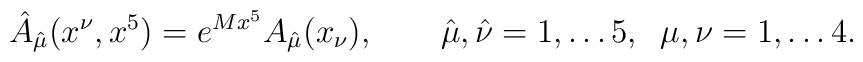
\hat A_{\hat \mu }(x^\nu,x^5)=e^{Mx^5}A_{\hat\mu}(x_\nu), \qquad \hat\mu, \hat\nu=1,\dots 5,\;\;\mu,\nu=1,\dots 4.